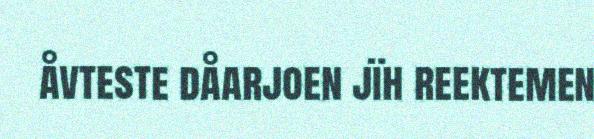
åvteste dåarjoen jïh reektemen